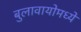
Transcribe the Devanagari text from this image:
बुलावायोमध्ये